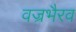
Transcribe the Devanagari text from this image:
वज्रभैरव